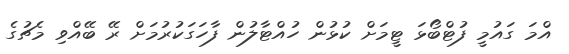
އްމަ ގައުމީ ފުޓްބޯޅަ ޓީމަށް ކުޅުން ހުއްޓާލުން ފާހަގަކުރުމަށް ރޭ ބޭއްވި މެޗުގެ